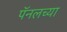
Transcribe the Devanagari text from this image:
पॅनलच्या